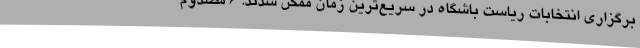
برگزاری انتخابات ریاست باشگاه در سریع‌ترین زمان ممکن شدند. 6 مصدوم